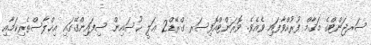
ސަރޖަންޓްގެ މަޤާާމް ފުރުއްވާފައި ވެއެވެ. ވޮރަންޓްއޮފިސަރ ގްރޭޑް2 ޢަލީ ޙުސައިން ސިފައިންގޭގައި އިޚްލާސްތެރިކަމާއި